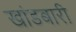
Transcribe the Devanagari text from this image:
खांडबारी